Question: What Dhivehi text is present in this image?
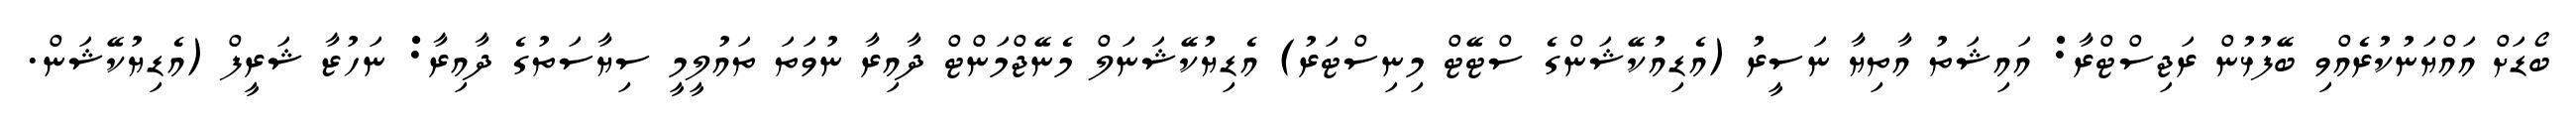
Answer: ބޯޑަށް އައްޔަނުކުރެއްވި ބޭފުޅުން ރަޖިސްޓްރާ: އައިޝަތު އާތިޔާ ނަސީރު (އެޑިއުކޭޝަންގެ ސްޓޭޓް މިނިސްޓަރު) އެޑިޔުކޭޝަނަލް މެނޭޖްމަންޓް ދާއިރާ ނުވަތަ ތައުލީމީ ސިޔާސަތުގެ ދާއިރާ: ނަހުޒާ ޝަރީފް (އެޑިޔުކޭޝަން.